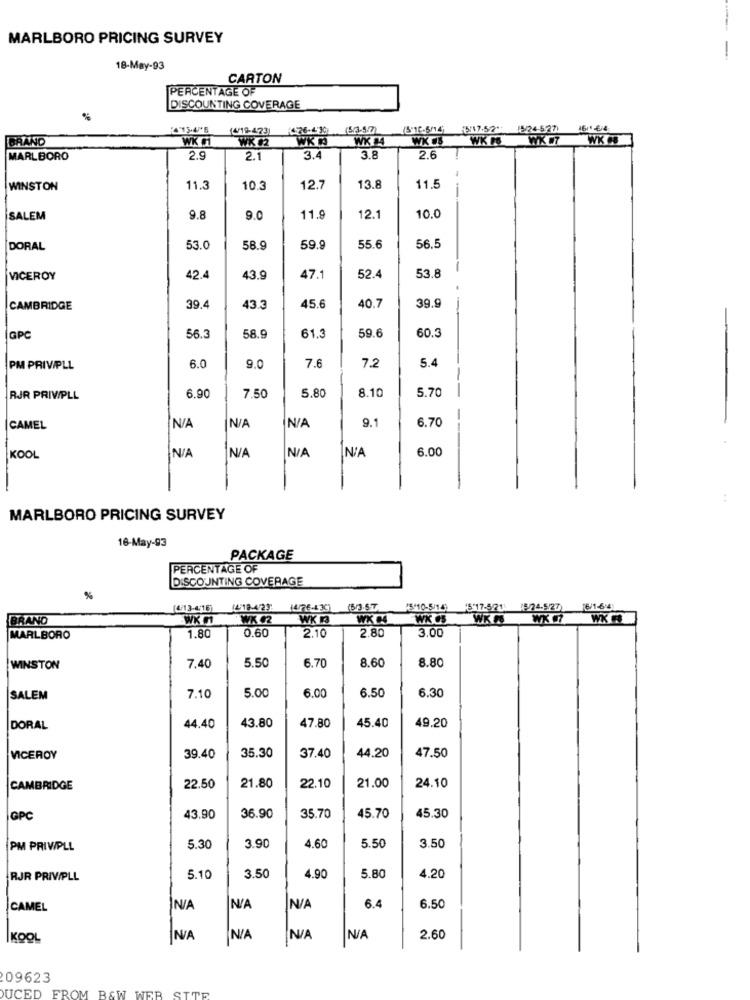
MARLBORO PRICING SURVEY
-
18-May-93
CARTON
PERCENTAGE OF
DISCOUNTING COVERAGE
15-4M'5
(4/19-473)
2-26-430
(5/3-5:7)
(6-12-5/14;
15/24-527)
1611-6/4
BRAND
WK 11
WK #2
WK 14
WK #8
WK F6
WK #8
MARLBORO
2.9
2.1
3.4
3.8
2.6
WINSTON
11.3
10.3
12.7
13.8
11.5
SALEM
9.8
9.0
11.9
12.1
10.0
DORAL
53.0
58.9
59.9
55.6
56.5
VICEROY
42.4
43.9
47.1
52.4
53.8
CAMBRIDGE
39.4
43.3
45.6
40.7
39.9
59.6
60.3
GPC
56.3
58.9
61.3
7.2
PM PRIVIPLL
6.0
9.0
7.6
5.4
8.10
5.70
RJR PRIVIPLL
6.90
7.50
5.80
9.1
6.70
CAMEL
N /A
6.00
KOOL
IN/A
. .
MARLBORO PRICING SURVEY
16-May-93
PACKAGE
PERCENTAGE OF
DISCOUNTING COVERAGE
%
(4/13-4:16)
1418-423
(4/76-4 30)
15/10-5/14)
+5'17-5/21: 24-527
(6/1-6'4)
BRAND
WK F
WK 42
WX B
WX H4
WK 65
WK IS
WK F
1.80
0.60
2.80
3.00
MARLBORO
2.10
5.50
8.80
WINSTON
7.40
6.70
8.60
5.00
6.00
6.50
6.30
SALEM
7.10
43.80
47.80
45.40
49.20
DORAL
44.40
47.50
VICEROY
39.40
35.30
37.40
44.20
24.10
CAMBRIDGE
22.50
21.80
22.10
21.00
45.70
45.30
GPC
43.90
36.90
35.70
PM PRIVPLL
5.30
3.90
4.60
5.50
3.50
RJR PRIVIPLL
5.10
3.50
4.90
5.80
4.20
6.4
CAMEL
NA
6.50
KOOL
2.60
209623
UCED FROM BAW WER SITE